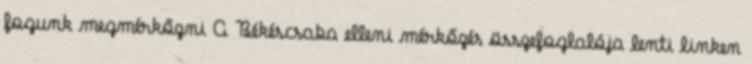
fogunk megmérkőzni A Békéscsaba elleni mérkőzés összefoglalója lenti linken